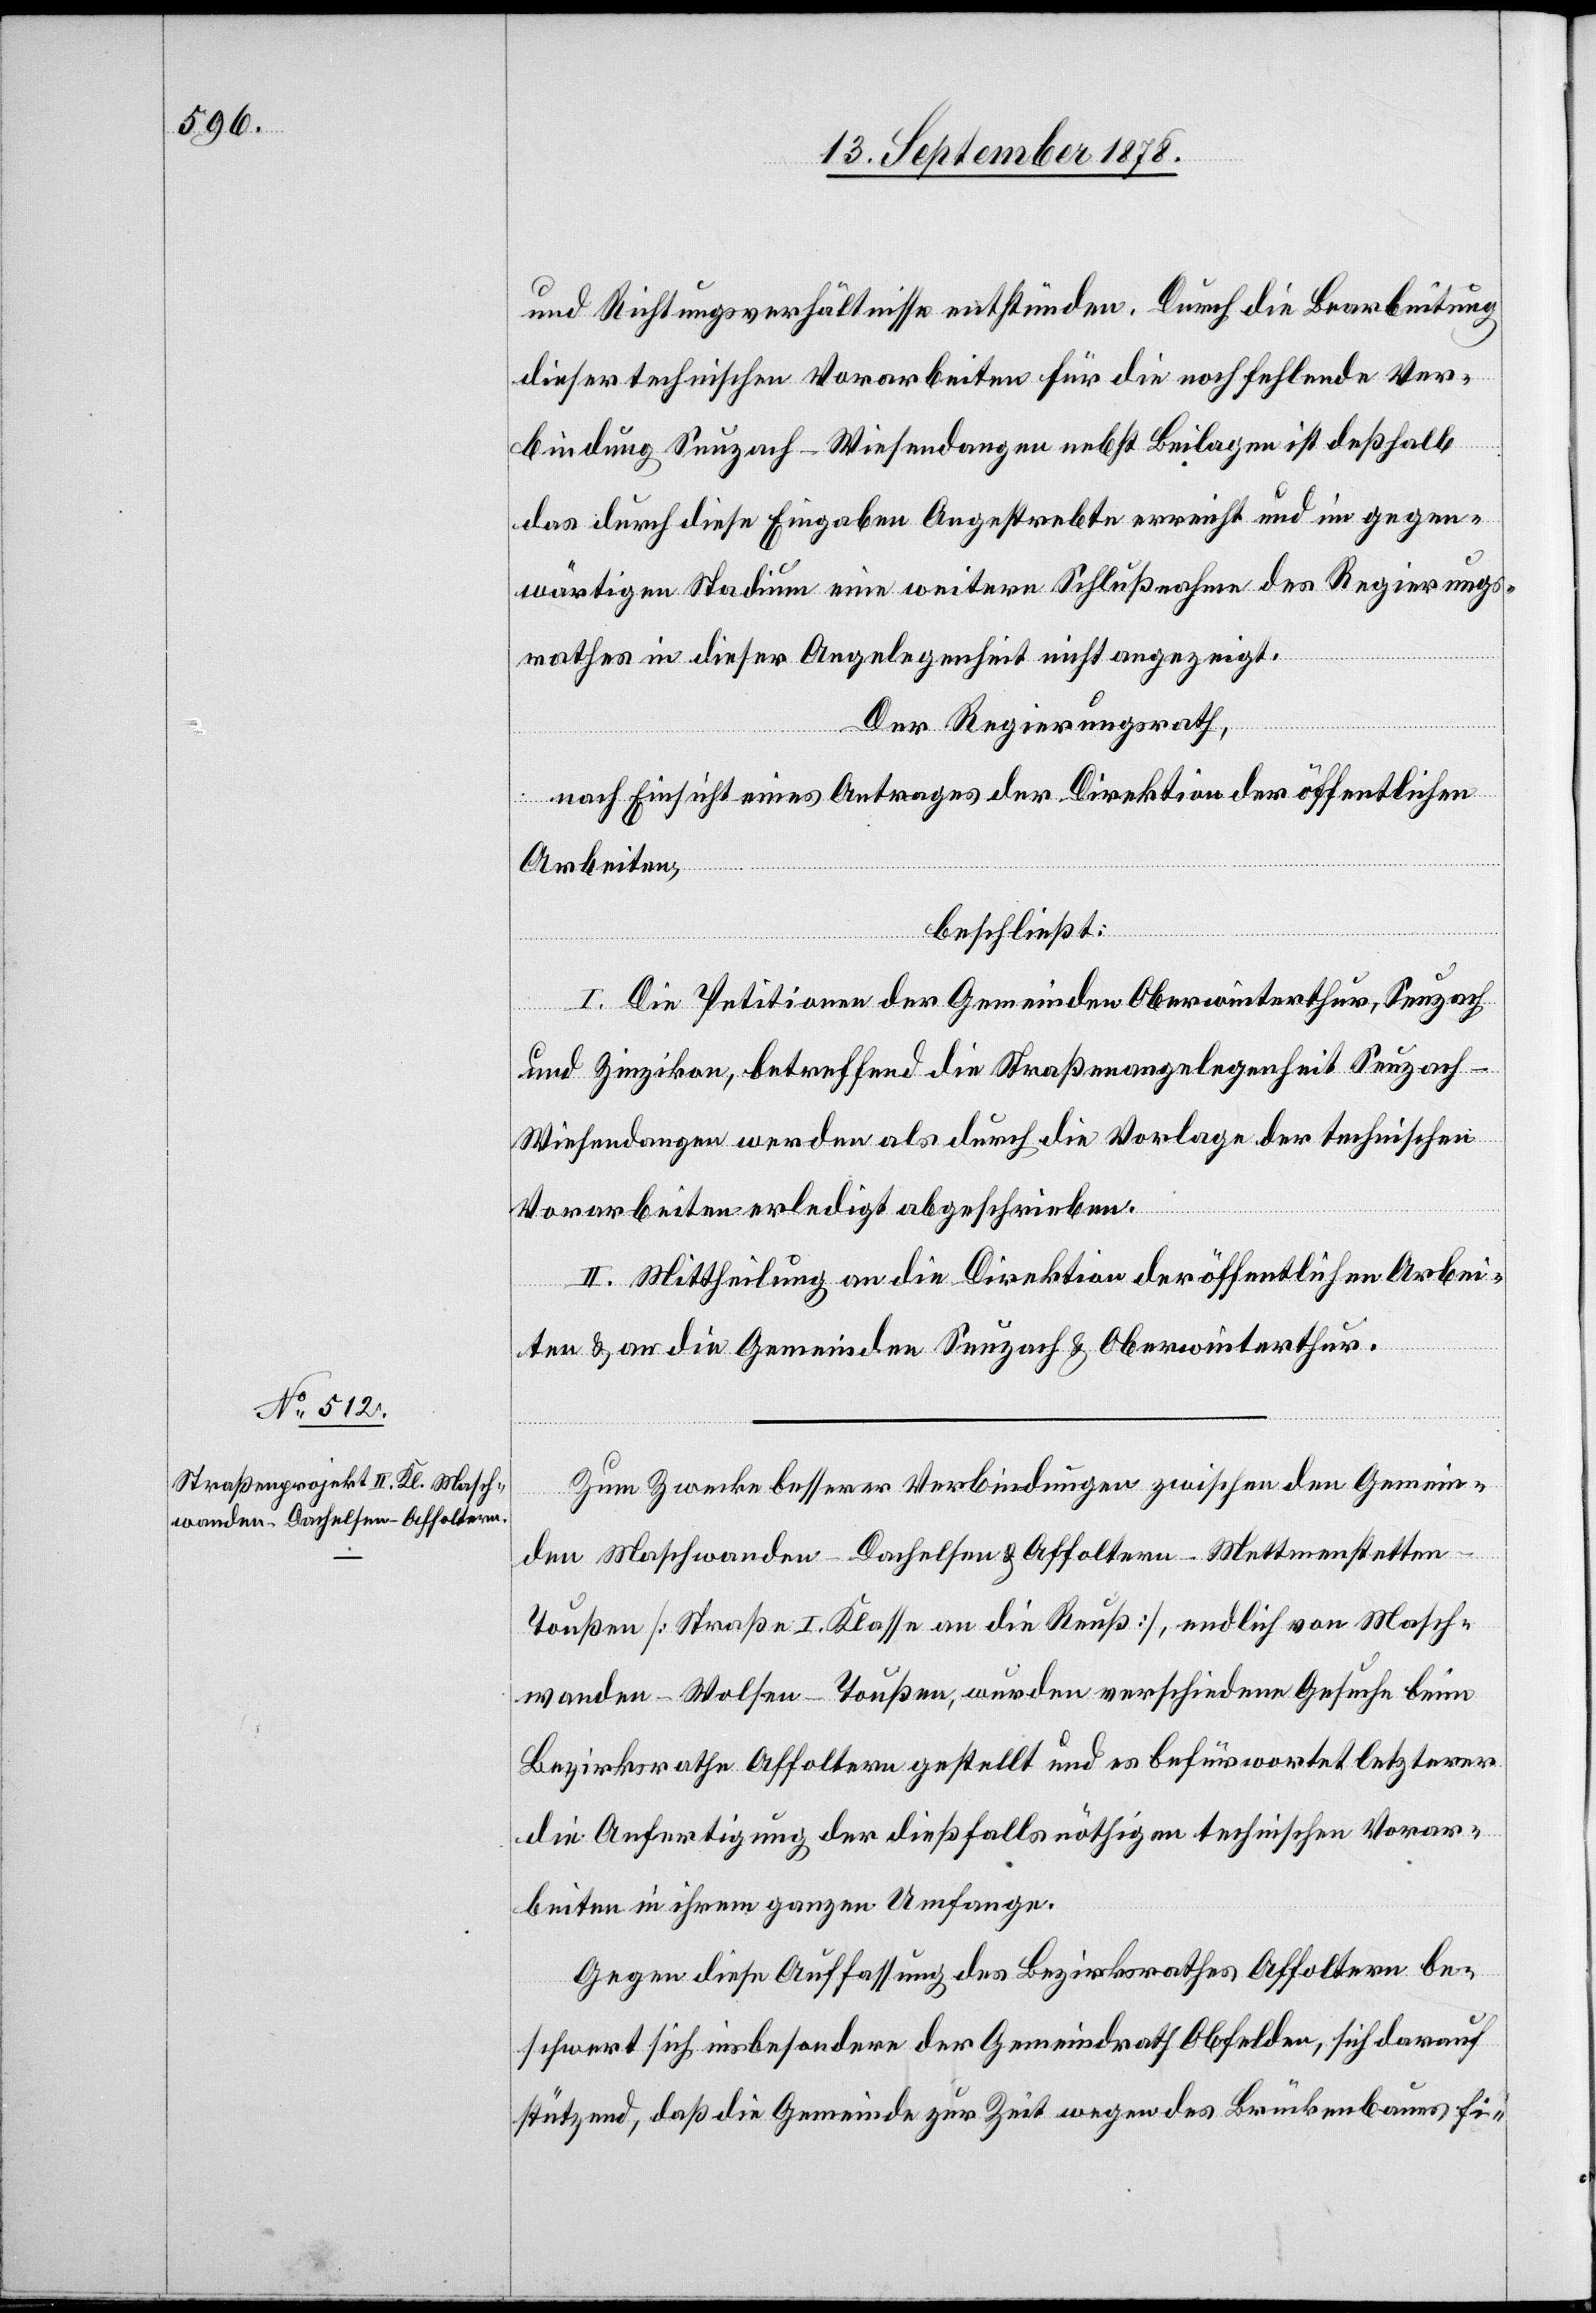
und Richtungsverhältnisse entstünden. Durch die Bearbeitung
dieser technischen Vorarbeiten für die noch fehlende Ver¬
bindung Seuzach–Wiesendangen nebst Beilagen ist deßhalb
das durch diese Eingaben Angestrebte erreicht und im gegen¬
wärtigen Stadium eine weitere Schlußnahme des Regierungs¬
rathes in dieser Angelegenheit nicht angezeigt.
Der Regierungsrath,
nach Einsicht eines Antrages der Direktion der öffentlichen
Arbeiten,
beschließt:
I. Die Petitionen der Gemeinden Oberwinterthur, Seuzach
und Zinzikon, betreffend die Straßenangelegenheit Seuzac¬
h–Wiesendangen werden als durch die Vorlage der technischen
Vorarbeiten erledigt abgeschrieben.
II. Mittheilung an die Direktion der öffentlichen Arbei¬
ten & an die Gemeinden Seuzach & Oberwinterthur.
Zum Zwecke besserer Verbindungen zwischen den Gemein¬
den Maschwanden–Dachelsen & Affoltern–Mettmenstette¬
n–Toußen [Straße I. Klasse an die Reuß], endlich von Masch¬
wanden–Wolsen–Toußen, wurden verschiedene Gesuche beim
Bezirksrathe Affoltern gestellt und es befürwortet letzterer
die Anfertigung der dießfalls nöthigen technischen Vorar¬
beiten in ihrem ganzen Umfange.
Gegen diese Auffassung des Bezirksrathes Affoltern be¬
schwert sich insbesondere der Gemeindrath Obfelden, sich darauf
stützend, daß die Gemeinde zur Zeit wegen des Brückenbaues fi-